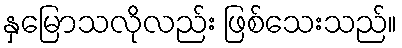
နှမြောသလိုလည်း ဖြစ်သေးသည်။